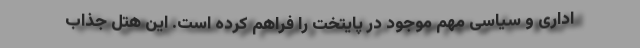
اداری و سیاسی مهم موجود در پایتخت را فراهم کرده است. این هتل جذاب